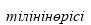
тілінінөрісі